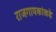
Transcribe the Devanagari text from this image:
राजगायकांकडे